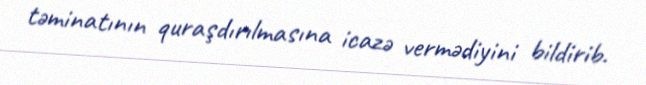
təminatının quraşdırılmasına icazə vermədiyini bildirib.